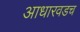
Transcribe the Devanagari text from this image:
आधारवडच